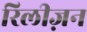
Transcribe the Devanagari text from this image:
रिलीज़न